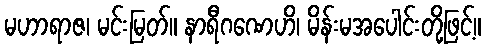
မဟာရာဇ၊ မင်းမြတ်။ နာရီဂဏေဟိ၊ မိန်းမအပေါင်းတို့ဖြင့်။